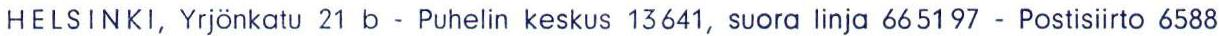
HELSINKI, Yrjönkatu 21 b - Puhelin keskus 13641, suora linja 665197 - Postisiirto 6588